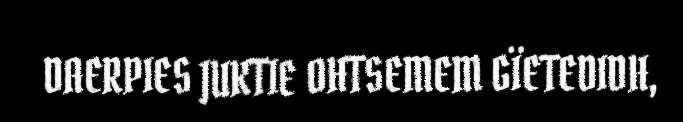
DAERPIES JUKTIE OHTSEMEM GÏETEDIDH,